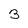
Character: 3